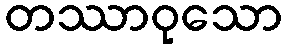
တဿာဝုသော